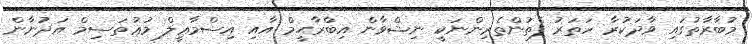
މުބާރާތުގައި ވާދަކުރާ ހަތަރު ފެތުންތެރިންނަކީ ނިޝްވާން އިބްރާޙީމް އާއި އިސްމާޢީލް މުޢުތަސިމް އަދުނާން